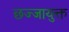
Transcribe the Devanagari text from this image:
छज्जायुक्त